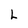
Character: L